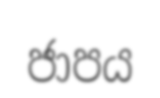
ජාපය